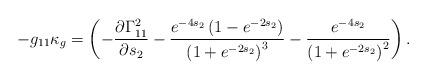
LaTeX: \begin{align*}-g_{11}\kappa_g=\left(-\frac{\partial \Gamma_{11}^2}{\partial s_2}-\frac{e^{-4s_2}\left(1-e^{-2s_2}\right)}{\left(1+e^{-2s_2}\right)^3}-\frac{e^{-4s_2}}{\left(1+e^{-2s_2}\right)^2}\right).\end{align*}